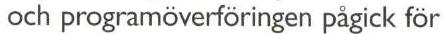
och programöverföringen pågick för